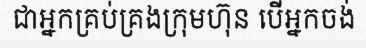
ជាអ្នកគ្រប់គ្រងក្រុមហ៊ុន បើអ្នកចង់